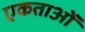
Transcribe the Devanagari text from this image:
एकताओं